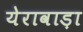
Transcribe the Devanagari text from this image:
येरावाड़ा